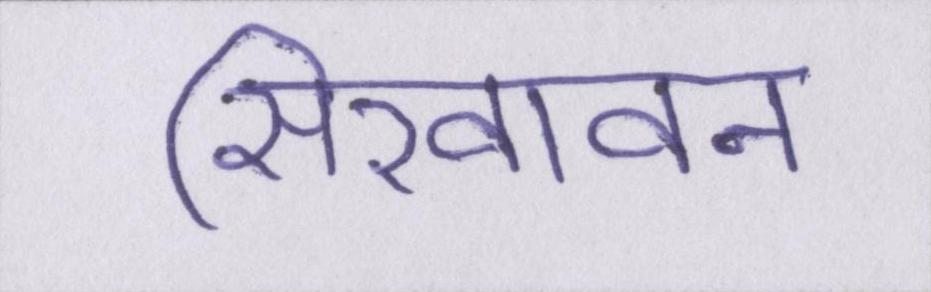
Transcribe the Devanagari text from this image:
सिखावन